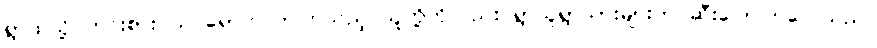
ရွာထဲသို့ ဟင်းစားဝယ် ရောက်လာကြသည့် သူတို့ကိုလည်း ရွာသူရွာသားများက ဆီးပြောကြလေသည်။